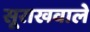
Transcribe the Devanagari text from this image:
सूराखवाले